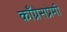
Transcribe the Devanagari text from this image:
काँग्रेसप्रेमी